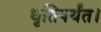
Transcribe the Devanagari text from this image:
धृतिपर्यंत।